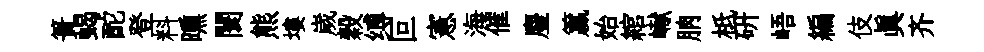
簣蝎酡登料曛闤熊塿嵗穀缚叵憲海催麈籯始綰𪩘朒柢硏峿編伎真齐